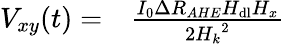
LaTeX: \begin{array}{rl}{V_{xy}(t)=}&{{}\frac{I_{0}\Delta R_{AHE}H_{\mathrm{dl}}H_{x}}{2{H_{k}}^{2}}}\end{array}